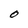
Character: O